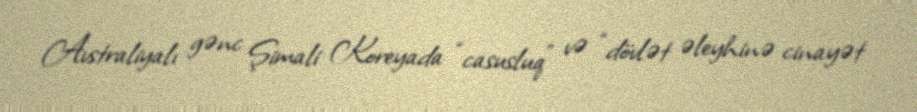
Avstraliyalı gənc Şimali Koreyada “casusluq” və “dövlət əleyhinə cinayət